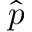
\hat { p }